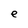
Character: e